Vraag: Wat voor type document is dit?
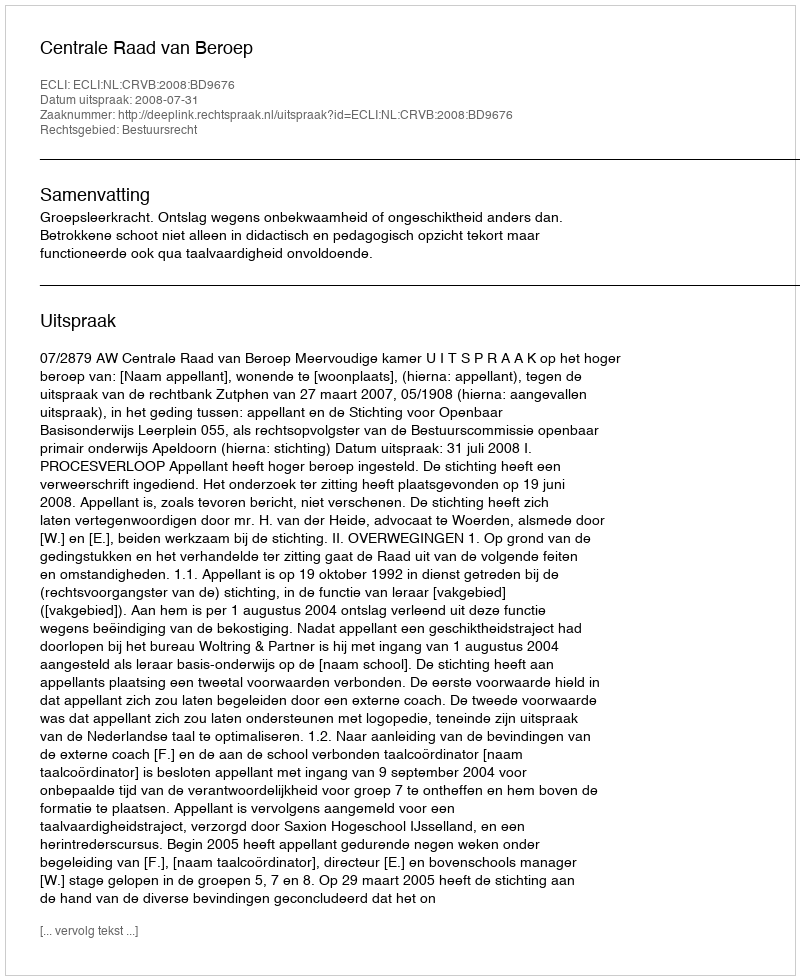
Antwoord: Uitspraak